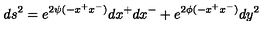
d s ^ { 2 } = e ^ { 2 \psi ( - x ^ { + } x ^ { - } ) } d x ^ { + } d x ^ { - } + e ^ { 2 \phi ( - x ^ { + } x ^ { - } ) } d y ^ { 2 }